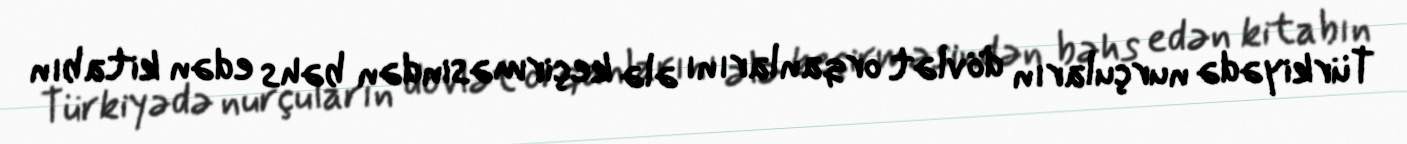
Türkiyədə nurçuların dövlət orqanlarını ələ keçirməsindən bəhs edən kitabın